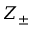
Z _ { \pm }